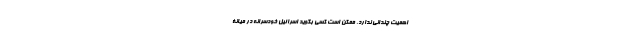
اهمیت چندانی ندارد. ممکن است کسی بگوید اسرائیل خودسرانه در میانۀ